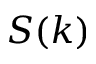
S ( k )